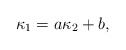
\begin{align*}\kappa_1=a\kappa_2+b,\end{align*}